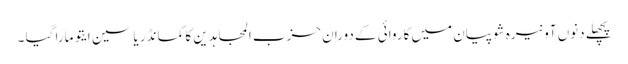
پچھلے دنوں آونیرہ شوپیان میں کاروائی کے دوران حزب المجاہدین کا کمانڈر یاسین ایتو مارا گیا ۔